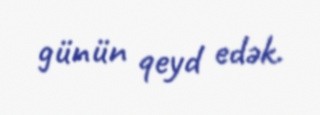
günün qeyd edək.